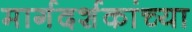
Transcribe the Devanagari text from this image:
मार्गदर्शकांच्या